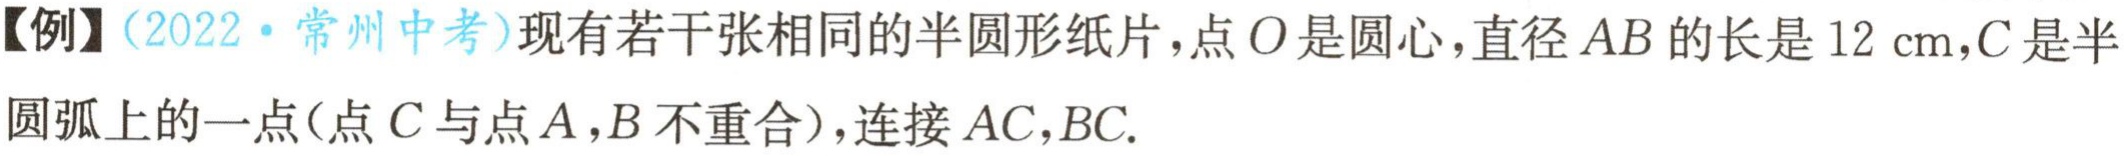
【例】(2022·常州中考)现有若干张相同的半圆形纸片，点\(O\)是圆心，直径\(AB\)的长是\(12\ \text{cm}\)，\(C\)是半圆弧上的一点(点\(C\)与点\(A\)，\(B\)不重合)，连接\(AC\)，\(BC\).